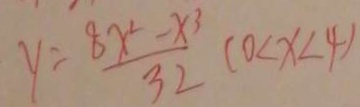
y = \frac { 8 x ^ { 2 } - x ^ { 3 } } { 3 2 } ( 0 < x < 4 )